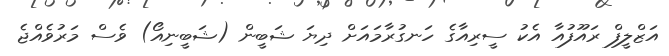
އަޒްލީފް ރައޫފުއާ އެކު ސީރިއާގެ ހަނގުރާމައަށް ދިޔަ ޝަބީން (ޝަބީނިއޯ) ވެސް މަރުވެއްޖެ